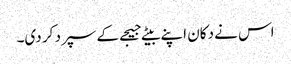
اس نے دکان اپنے بیٹے جیجے کے سپرد کر دی۔